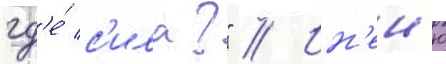
гд'е́ с'ила?" // Ин'ен'ю